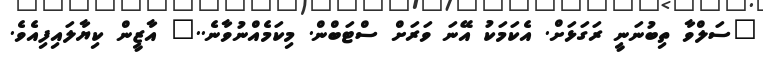
"ސަލްވާ ތިބުނަނީ ރަގަޅަށް. އެކަމަކު އޭނަ ވަރަށް ސްޓަބްން. މިކަމެއްނުވާނެ.." އާޒީން ކިޔާލައިފިއެވެ.